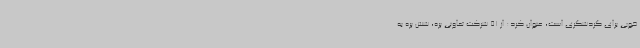
خوبی برای گردشگری است، عنوان کرد: از 51 شرکت تعاونی پره، شش پره به